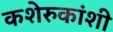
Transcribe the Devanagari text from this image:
कशेरुकांशी